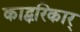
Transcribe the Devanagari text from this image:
काद्ब्ररिकार्